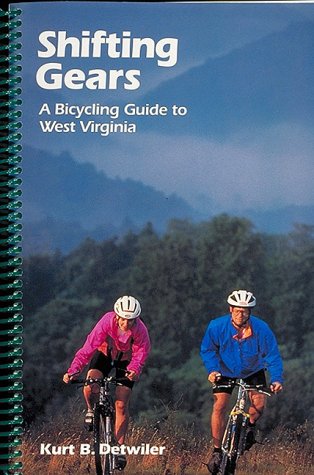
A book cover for Shifting Gears: A Bicycling Guide to West Virginia; Kurt Detwiler; Travel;